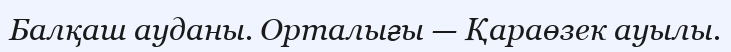
Балқаш ауданы. Орталығы — Қараөзек ауылы.